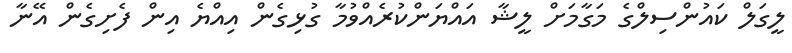
ލީގަލް ކައުންސިލްގެ މަގާމަށް ލީޝާ އައްޔަންކުރެއްވުމާ ގުޅިގެން އިއްޔެ އިން ފެށިގެން އޭނާ